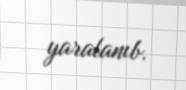
yaralanıb.